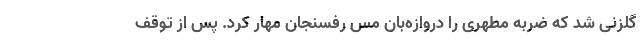
گلزنی شد که ضربه مطهری را دروازه‌بان مس رفسنجان مهار کرد. پس از توقف